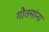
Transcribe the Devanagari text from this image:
गौतमांना